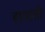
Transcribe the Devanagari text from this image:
हायातो